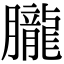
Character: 𦢫